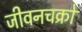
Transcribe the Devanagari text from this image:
जीवनचक्रों